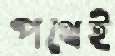
পথেই